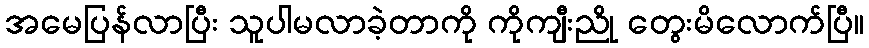
အမေပြန်လာပြီး သူပါမလာခဲ့တာကို ကိုကျီးညို တွေးမိလောက်ပြီ။